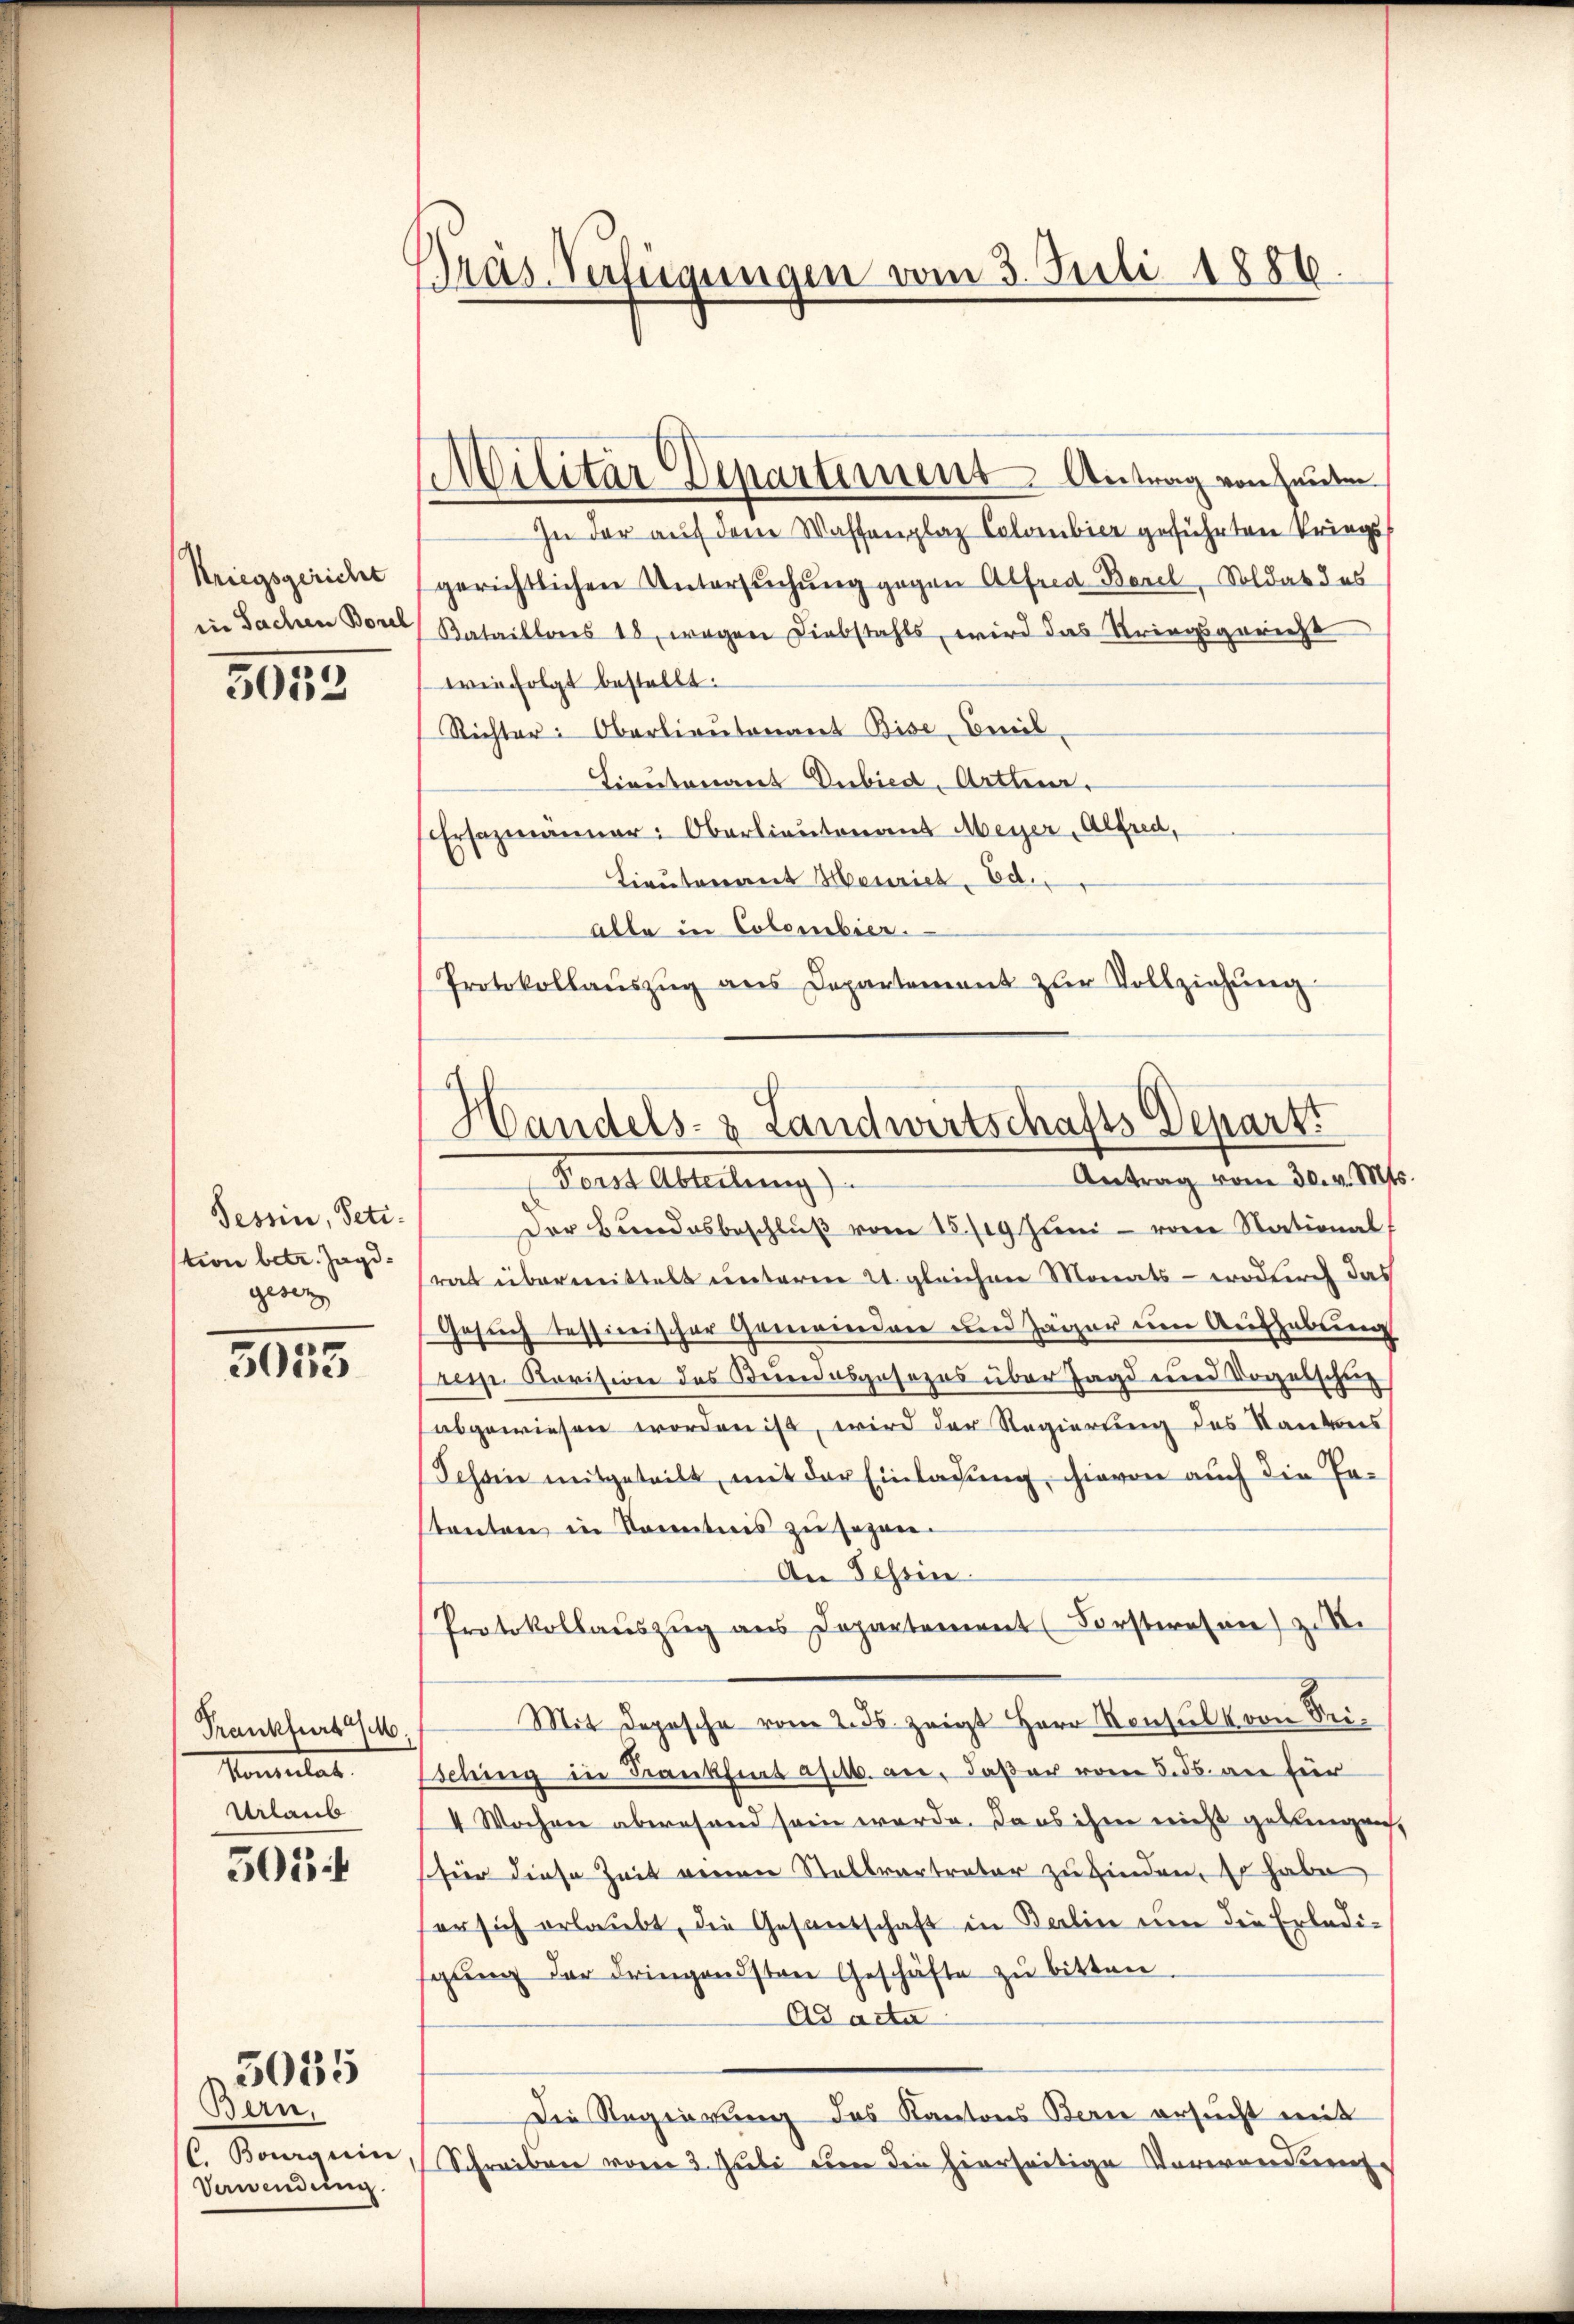
Kriegsgericht
in Sachen Borel

5052

Tessin, Petition betr. Jagdgesez

3053

Frankfurt a/M.
Somitat.
Urlaub

503 f

Bern,
C. Boguin
Verwendung

5055

Präs. Verfügungen vom 3. Juli 1886.

Militär Departement Antrag von Heuten

In der auf dem Waffenplaz Colombier geführten Priegsgerichtlichen Untersuchung gegen Alfred Borel, Soldat des
Bataillonis 18, wegen Diebstahls, wird das Kriegsgericht
wie folgt bestellt:
Richter: Oberlieutnant Bise, Civil-
Lieutenant Dubica, Arthur.
Ersazmanner: Oberlieutenant Meyer, Alfred,
Lieutenant Meuriet. Ed.
alle in Colombier.
Protokollaŭszŭg ans Departement zŭr Vollziehŭng

Der Bundesbeschlŭβ vom 15./19. Juni - von National-
rat übermittelt unterm 21. gleichen Monats - wodurch das
Gesuch Tessinischer Gemeindere und Jäger um Aufhebung
res Revision des Bundesgesezes über Jagd und Vogelschung
abgewiesen worden ist, wird der Regierung des Standens
Schon mitgeteilt, mit der Einlassung, hievon auch die Ertonten in Kenntnis zu sagen.
An Schrin
Protokollaŭszŭg aŭs Departement Forsteresen) zu
Mit Depesche vom 2. ds. zeigt Herr Konsul von Seisching in Frankfint as 16. an, daßer vom 5. ds. an für
4 Wochen aberesend sein werde. Dass ihm nicht gelungen,
für diese Zeit einen Stellvertrator zu finden, so habe
er sich erlaubt, die Gesandschaft in Berlin um die Erledi-
sgung der dringendsten Geschäfte zu bitten
Ad acta
Die Regierung des Kantons Bern ersucht mit
Schreiben vom 3. Juli den die hierseitige Vormundung

Handels- & Landwirtschafts Depart.
Antrag vom 30. v. Mts.
Forst Abteilung)